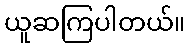
ယူဆကြပါတယ်။